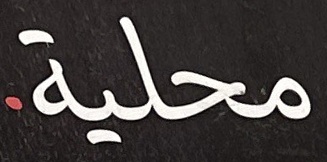
محلية